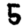
Digit: 5